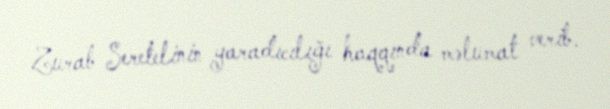
Zurab Seretelinin yaradıcılığı haqqında məlumat verib.